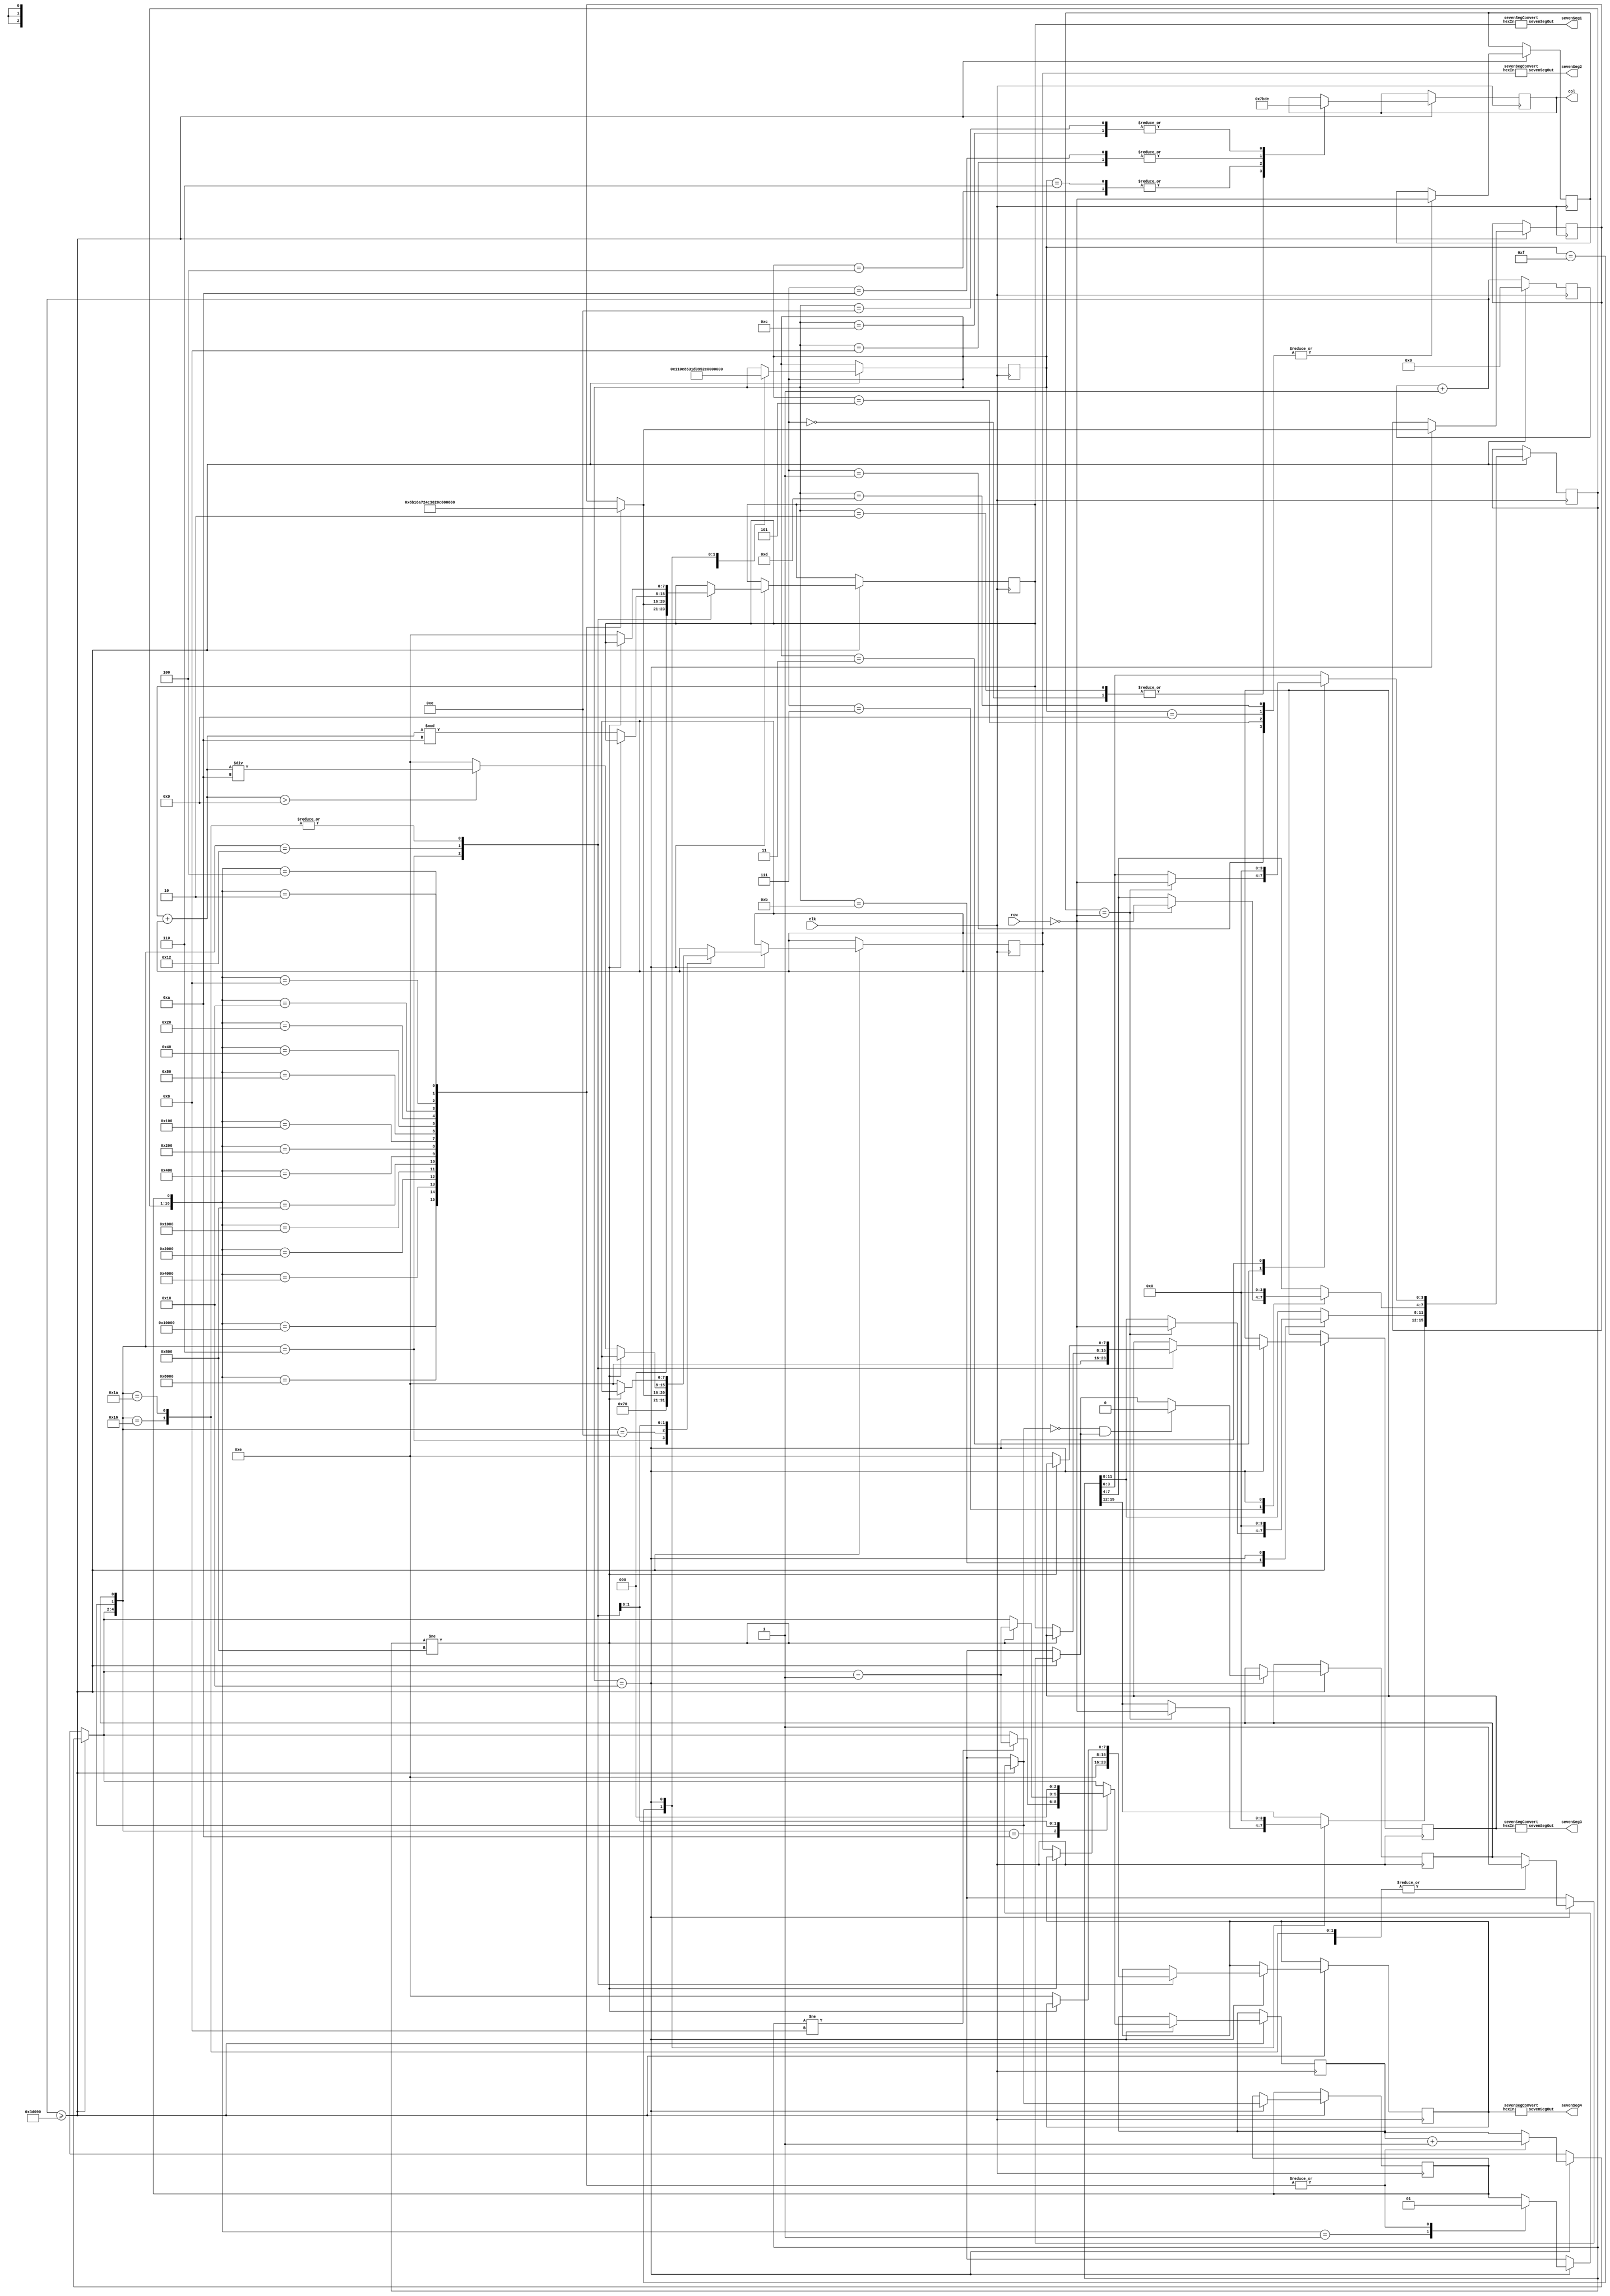
//Willard Wider
//6-23-17
//ELEC 3200
//Lab 6
module lab6(clk,row,col,sevenSeg1,sevenSeg2,sevenSeg3,sevenSeg4);
  input [3:0] row;
  input clk;
  output [3:0] col;
  output [6:0] sevenSeg1;
  output [6:0] sevenSeg2;
  output [6:0] sevenSeg3;
  output [6:0] sevenSeg4;
  //output [15:0] wholeInput;
  reg [3:0] col;
  reg [15:0] wholeInput;
  reg [31:0] counter;
  reg [31:0] counterLimit;
  reg [4:0] state;
  reg [2:0] addingState;
  reg buttonPressed;
  reg numberProcessed;
  reg [3:0] debounce1;
  reg [3:0] debounce2;
  reg [7:0] numAdd1;
  reg [7:0] numAdd2;
  reg [7:0] total;
  reg [4:0] tempAdd;
  //reg [6:0] sevenSeg1;
  reg [7:0] sevenSeg1Num;
  //reg [6:0] sevenSeg2;
  reg [7:0] sevenSeg2Num;
  //reg [6:0] sevenSeg3;
  reg [7:0] sevenSeg3Num;
  //reg [6:0] sevenSeg4;
  reg [7:0] sevenSeg4Num;
  reg [6:0] letters_0;
  reg [6:0] letters_1;
  reg [6:0] letters_2;
  reg [6:0] letters_3;
  reg [6:0] letters_4;
  reg [6:0] letters_5;
  reg [6:0] letters_6;
  reg [6:0] letters_7;
  reg [6:0] letters_8;
  reg [6:0] letters_9;
  reg [6:0] letters_A;
  reg [6:0] letters_B;
  reg [6:0] letters_C;
  reg [6:0] letters_D;
  reg [6:0] letters_E;
  reg [6:0] letters_F;
  //module sevenSegConvert(hexIn, sevenSegOut);
  //link 
  sevenSegConvert sevenSeg1Convert(.hexIn(sevenSeg1Num), .sevenSegOut(sevenSeg1));
  sevenSegConvert sevenSeg2Convert(.hexIn(sevenSeg2Num), .sevenSegOut(sevenSeg2));
  sevenSegConvert sevenSeg3Convert(.hexIn(sevenSeg3Num), .sevenSegOut(sevenSeg3));
  sevenSegConvert sevenSeg4Convert(.hexIn(sevenSeg4Num), .sevenSegOut(sevenSeg4));
  initial begin
    wholeInput = 16'b0;
    counterLimit = 250000;//change to value for the 10ms thing, now 5, now 2.5, now 5 again
    letters_0=7'b1000000;
    letters_1=7'b1111001;
    letters_2=7'b0100100;
    letters_3=7'b0110000;
    letters_4=7'b0011001;
    letters_5=7'b0010010;
    letters_6=7'b0000010;
    letters_7=7'b1111000;
    letters_8=7'b0000000;
    letters_9=7'b0011000;
    letters_A=7'b0001000;
    letters_B=7'b0000011;
    letters_C=7'b1000110;
    letters_D=7'b0100001;
    letters_E=7'b0000110;
    letters_F=7'b0001110;
    state = 0;//set for default
    buttonPressed = 0;
    debounce1=4'b0000;
    debounce2=4'b0000;
    numAdd1 = 0;
    numAdd2 = 0;
    total = 0;
    addingState = 0;
    numberProcessed = 0;
    sevenSeg1Num = 7'hE;
    sevenSeg2Num = 7'hE;
    sevenSeg3Num = 7'hE;
    sevenSeg4Num = 7'hE;
  end
  always @(posedge clk) begin
    counter = counter +1;//always incriment the counter
    if (counter >= counterLimit) begin//once the counter reaches the limit init from above
      counter = 0;
      case (state)
        0: begin//write voltage for col1
          col = 4'b0111;
          state = 1;
        end
        1: begin//read row for 3-0
          debounce1 = ~row;//store the first debounce value
          state = 2;
        end
        2: begin//write voltage for col1
          col = 4'b0111;
          state = 3;
        end
        3: begin//read row for 3-0
          if(debounce1 == ~row) begin
            wholeInput[3:0] = ~row;
          end
          state = 4;
        end
        4: begin//write voltage for col2
          col = 4'b1011;
          state = 5;
        end
        5: begin//read row for 7-4
          debounce1 = ~row;
          state = 6;
        end
        6: begin//write voltage for col2
          col = 4'b1011;
          state = 7;
        end
        7: begin//read row for 7-4
          if(debounce1 == ~row) begin
          wholeInput[7:4] = ~row;
          end
          state = 8;
        end
        8: begin//write voltage for col3
          col = 4'b1101;
          state = 9;
        end
        9: begin//read row 11-8
          debounce1 = ~row;
          state = 10;
        end
        10: begin//write voltage for col3
          col = 4'b1101;
          state = 11;
        end
        11: begin//read row 11-8
          if(debounce1 == ~row) begin
          wholeInput[11:8] = ~row;
          end
          state = 12;
        end
        12: begin//write voltage for col4
          col = 4'b1110;
          state = 13;
        end
        13: begin//read row 15-12
          debounce1 = ~row;
          state = 14;
        end
        14: begin//write voltage for col4
          col = 4'b1110;
          state = 15;
        end
        15: begin//read row 15-12
          if(debounce1 == ~row) begin
          wholeInput[15:12] = ~row;
          end
          state = 16;
        end
        16: begin//determine hex number to display
            case ({wholeInput,buttonPressed})
              17'b00000000000000001: begin//nothing is pressed
                //sevenSeg1=letters_A;//prove it gets this far. just for now.
                //sevenSeg1=7'b1111111;
                buttonPressed = 0;
              end
              17'b10000000000000000: begin//D
                //sevenSeg1 = letters_D;
                buttonPressed = 1;
                addingState = addingState + 1;
                tempAdd = 4'hD;
              end
              17'b01000000000000000: begin//C
                //sevenSeg1 = letters_C;
                buttonPressed = 1;
                addingState = addingState + 1;
                tempAdd = 4'hC;
              end
              17'b00100000000000000: begin//B
                //sevenSeg1 = letters_B;
                buttonPressed = 1;
                addingState = addingState + 1;
                tempAdd = 4'hB;
              end
              17'b00010000000000000: begin//A
                //sevenSeg1 = letters_A;
                buttonPressed = 1;
                addingState = addingState + 1;
                tempAdd = 4'hA;
              end
              17'b00001000000000000: begin//#
                //sevenSeg1 = letters_E;
                buttonPressed = 1;
                addingState = addingState + 1;
                tempAdd = 4'hE;
              end
              17'b00000100000000000: begin//9
                //sevenSeg1 = letters_9;
                buttonPressed = 1;
                addingState = addingState + 1;
                tempAdd = 4'h9;
              end
              17'b00000010000000000: begin//6
                //sevenSeg1 = letters_6;
                buttonPressed = 1;
                addingState = addingState + 1;
                tempAdd = 4'h6;
              end
              17'b00000001000000000: begin//3
                //sevenSeg1 = letters_3;
                buttonPressed = 1;
                addingState = addingState + 1;
                tempAdd = 4'h3;
              end
              17'b00000000100000000: begin//0
                //sevenSeg1 = letters_0;
                buttonPressed = 1;
                addingState = addingState + 1;
                tempAdd = 4'h0;
              end
              17'b00000000010000000: begin//8
                //sevenSeg1 = letters_8;
                buttonPressed = 1;
                addingState = addingState + 1;
                tempAdd = 4'h8;
              end
              17'b00000000001000000: begin//5
                //sevenSeg1 = letters_5;
                buttonPressed = 1;
                addingState = addingState + 1;
                tempAdd = 4'h5;
              end
              17'b00000000000100000: begin//2
                //sevenSeg1 = letters_2;
                buttonPressed = 1;
                addingState = addingState + 1;
                tempAdd = 4'h2;
              end
              17'b00000000000010000: begin//*
                //sevenSeg1 = letters_F;
                buttonPressed = 1;
                addingState = addingState + 1;
                tempAdd = 4'hF;
              end
              17'b00000000000001000: begin//7
                //sevenSeg1 = letters_7;
                buttonPressed = 1;
                addingState = addingState + 1;
                tempAdd = 4'h7;
              end
              17'b00000000000000100: begin//4
                //sevenSeg1 = letters_4;
                buttonPressed = 1;
                addingState = addingState + 1;
                tempAdd = 4'h4;
              end
              17'b00000000000000010: begin//1
                //sevenSeg1 = letters_1;
                buttonPressed = 1;
                addingState = addingState + 1;
                tempAdd = 4'h1;
              end
            endcase
          case ({addingState,buttonPressed, numberProcessed})
            5'b00110: begin//storing the first value and displaying it
              //numAdd1 = sevenSeg1;
              //need to get sevenSeg1 to have numAdd1
              sevenSeg1Num = tempAdd;
              sevenSeg2Num = 7'hE;
              sevenSeg3Num = 7'hE;
              sevenSeg4Num = 7'hE;
              numberProcessed = 1;
            end
            5'b01010: begin//verify that the second button pressed is the plus
              if(wholeInput != 16'b0000000000001000) begin
                addingState = addingState - 3'b001;
              end
              numberProcessed = 1;
            end
            5'b01110: begin//shift value 1 to the second display
                    //save value 2 to the second display
              sevenSeg2Num = tempAdd;
              numberProcessed = 1;
            end
            5'b10010: begin
              if(wholeInput != 16'b0000100000000000) begin//#
                addingState = addingState- 3'b001;
              end
              else begin
                //shift value 1 to fourth display
                //shift value 2 to third display
                //display to the first and second displays
                sevenSeg4Num = sevenSeg2Num;
                sevenSeg3Num = sevenSeg1Num;
                total = sevenSeg1Num + sevenSeg2Num;
                //sevenSeg2Num = total / 7'hA;
                sevenSeg2Num = (total > 7'h9)? total/7'hA:7'hE;
                //sevenSeg2Num = 7'hE;
                sevenSeg1Num = total % 7'hA;
              end
              numberProcessed = 1;
            end
            5'b10110: begin//cleared state
              if(wholeInput != 16'b0000100000000000) begin
                addingState = addingState- 3'b001;
              end
              else begin
                sevenSeg1Num = 7'hE;
                sevenSeg2Num = 7'hE;
                sevenSeg3Num = 7'hE;
                sevenSeg4Num = 7'hE;
              end
              addingState = 0;
              numberProcessed = 1;
            end
            5'b11010: begin//cleared state
              if(wholeInput != 16'b0000100000000000) begin
                addingState = addingState- 3'b001;
              end
              else begin
                sevenSeg1Num = 7'hE;
                sevenSeg2Num = 7'hE;
                sevenSeg3Num = 7'hE;
                sevenSeg4Num = 7'hE;
              end
              addingState = 0;
              numberProcessed = 1;
            end
          endcase
          if (!buttonPressed && numberProcessed)begin
            numberProcessed = 0;
          end
          state = 0;//go back to start
          wholeInput = 16'b0;//reset the leter
        end
      endcase
    end
  end
endmodule

module sevenSegConvert(hexIn, sevenSegOut);
  input [7:0] hexIn;
  output [6:0] sevenSegOut;
  reg [6:0] sevenSegOut;
  always @(hexIn) begin
    case(hexIn)
      7'h0 : begin
        sevenSegOut = 7'b1000000;//0
      end
      7'h1 : begin
        sevenSegOut = 7'b1111001;//1
      end
      7'h2 : begin
        sevenSegOut = 7'b0100100;//2
      end
      7'h3 : begin
        sevenSegOut = 7'b0110000;//3
      end
      7'h4 : begin
        sevenSegOut = 7'b0011001;//4
      end
      7'h5 : begin
        sevenSegOut = 7'b0010010;//5
      end
      7'h6 : begin
        sevenSegOut = 7'b0000010;//6
      end
      7'h7 : begin
        sevenSegOut = 7'b1111000;//7
      end
      7'h8 : begin
        sevenSegOut = 7'b0000000;//8
      end
      7'h9 : begin
        sevenSegOut = 7'b0011000;//9
      end
      7'hA : begin
        sevenSegOut = 7'b0001000;//A
      end
      7'hB : begin
        sevenSegOut = 7'b0000011;//B
      end
      7'hC : begin
        sevenSegOut = 7'b1000110;//C
      end
      7'hD : begin
        sevenSegOut = 7'b0100001;//D
      end
      7'hE : begin
        sevenSegOut = 7'b1111111;//E (off)
      end
      7'hF : begin
        sevenSegOut = 7'b1111111;//F (off)
      end
    endcase
  end
endmodule